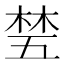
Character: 𬂽